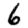
Digit: 6